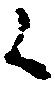
候